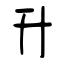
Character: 升